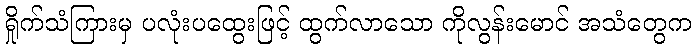
ရှိုက်သံကြားမှ ပလုံးပထွေးဖြင့် ထွက်လာသော ကိုလွန်းမောင် အသံတွေက